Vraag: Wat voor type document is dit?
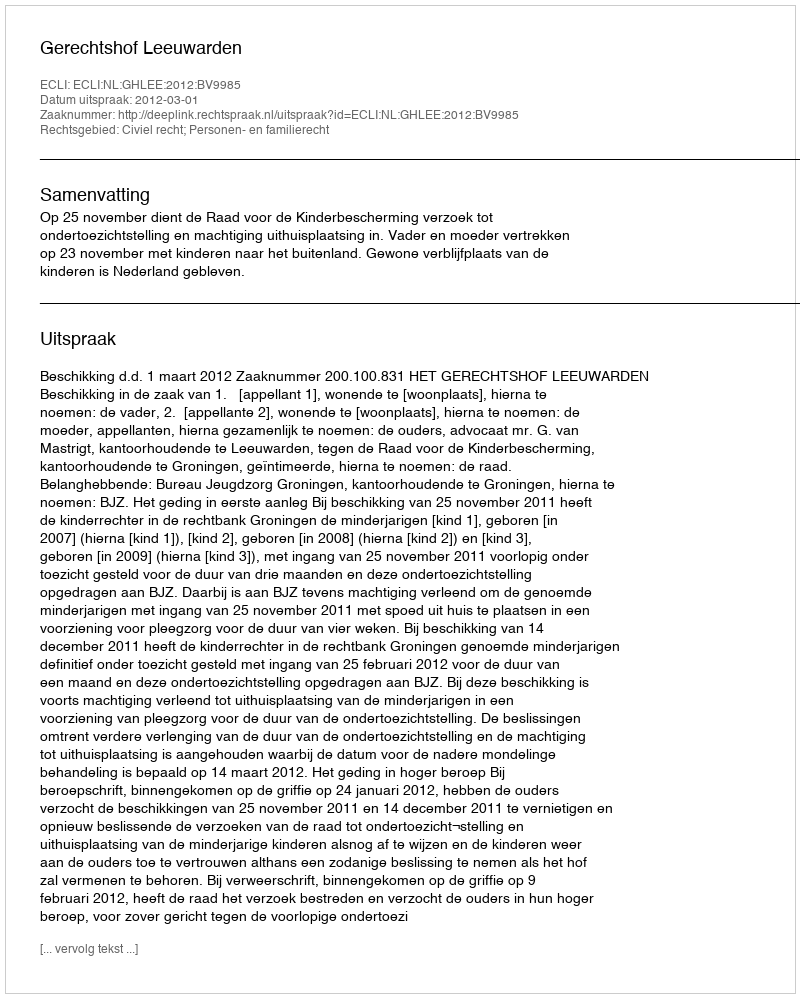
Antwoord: Uitspraak